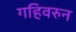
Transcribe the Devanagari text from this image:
गहिवरुन